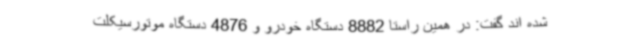
شده اند گفت: در همین راستا 8882 دستگاه خودرو و 4876 دستگاه موتورسیکلت